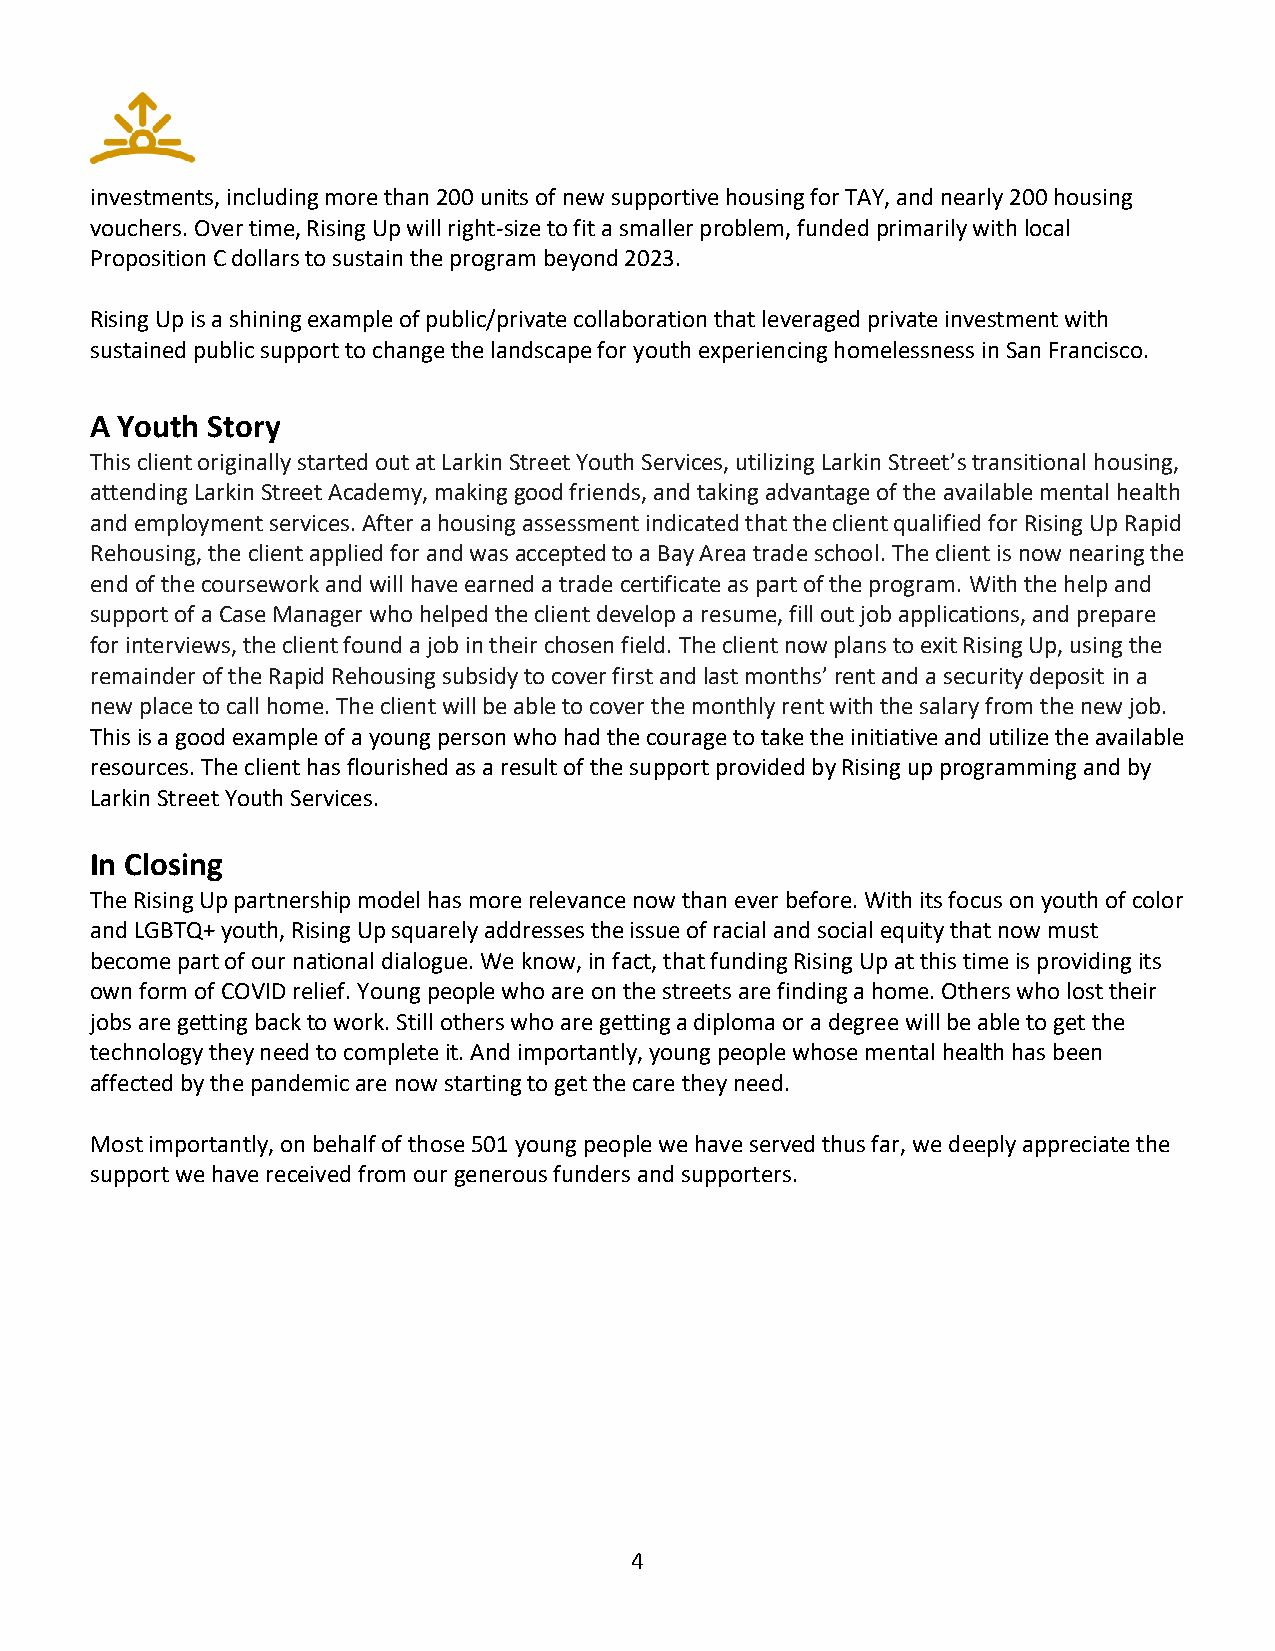
investments, including more than 200 units of new supportive housing for TAY, and nearly 200 housing
 vouchers. Over time, Rising Up will right-size to fit a smaller problem, funded primarily with local
 Proposition C dollars to sustain the program beyond 2023.
 Rising Up is a shining example of public/private collaboration that leveraged private investment with
 sustained public support to change the landscape for youth experiencing homelessness in San Francisco.
 A Youth Story
 This client originally started out at Larkin Street Youth Services, utilizing Larkin Street’s transitional housing,
 attending Larkin Street Academy, making good friends, and taking advantage of the available mental health
 and employment services. After a housing assessment indicated that the client qualified for Rising Up Rapid
 Rehousing, the client applied for and was accepted to a Bay Area trade school. The client is now nearing the
 end of the coursework and will have earned a trade certificate as part of the program. With the help and
 support of a Case Manager who helped the client develop a resume, fill out job applications, and prepare
 for interviews, the client found a job in their chosen field. The client now plans to exit Rising Up, using the
 remainder of the Rapid Rehousing subsidy to cover first and last months’ rent and a security deposit in a
 new place to call home. The client will be able to cover the monthly rent with the salary from the new job.
 This is a good example of a young person who had the courage to take the initiative and utilize the available
 resources. The client has flourished as a result of the support provided by Rising up programming and by
 Larkin Street Youth Services.
 In Closing
 The Rising Up partnership model has more relevance now than ever before. With its focus on youth of color
 and LGBTQ+ youth, Rising Up squarely addresses the issue of racial and social equity that now must
 become part of our national dialogue. We know, in fact, that funding Rising Up at this time is providing its
 own form of COVID relief. Young people who are on the streets are finding a home. Others who lost their
 jobs are getting back to work. Still others who are getting a diploma or a degree will be able to get the
 technology they need to complete it. And importantly, young people whose mental health has been
 affected by the pandemic are now starting to get the care they need.
 Most importantly, on behalf of those 501 young people we have served thus far, we deeply appreciate the
 support we have received from our generous funders and supporters.
 4